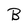
Character: B